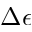
\Delta \epsilon